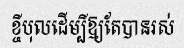
ខ្ចីបុលដើម្បីឱ្យតែបានរស់